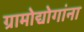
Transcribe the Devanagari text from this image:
ग्रामोद्योगांना